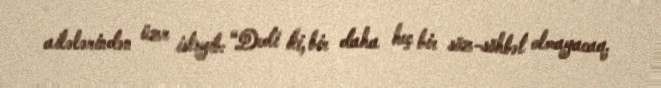
ailələrindən üzr istəyib: “Dedi ki, bir daha heç bir söz-söhbət olmayacaq.